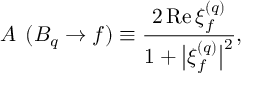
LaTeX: { \cal A } _ { \mathrm { \Delta \Gamma } } ( B _ { q } \to f ) \equiv \frac { 2 \, \mathrm { R e } \, \xi _ { f } ^ { ( q ) } } { 1 + \bigl | \xi _ { f } ^ { ( q ) } \bigr | ^ { 2 } } ,